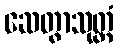
ဆေတွာသုတ္တံ